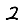
Digit: 2